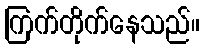
ကြက်တိုက်နေသည်။